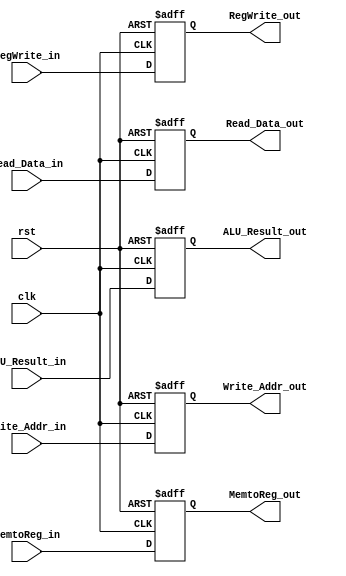
module MEM_WB_Register(RegWrite_out, MemtoReg_out, 
    Read_Data_out, ALU_Result_out, Write_Addr_out,  
	clk, rst, RegWrite_in, MemtoReg_in,
    Read_Data_in, ALU_Result_in, Write_Addr_in);

output RegWrite_out, MemtoReg_out;
reg RegWrite_out, MemtoReg_out;
output [31:0]Read_Data_out, ALU_Result_out;
reg [31:0]Read_Data_out, ALU_Result_out;
output [4:0]Write_Addr_out;
reg [4:0]Write_Addr_out;

input clk, rst, RegWrite_in, MemtoReg_in;
input [31:0]Read_Data_in, ALU_Result_in;
input [4:0]Write_Addr_in;


always@(posedge clk or posedge rst) begin
	if(rst) begin
        RegWrite_out<=1'b0;
        MemtoReg_out<=1'b0;
        Read_Data_out<=32'd0;
        ALU_Result_out<=32'd0;
        Write_Addr_out<=5'd0;
	end
	else begin
        RegWrite_out<=RegWrite_in;
        MemtoReg_out<=MemtoReg_in;
        Read_Data_out<=Read_Data_in;
        ALU_Result_out<=ALU_Result_in;
        Write_Addr_out<=Write_Addr_in;
	end

end

endmodule